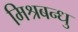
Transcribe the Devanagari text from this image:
मिश्रबन्धु